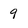
Character: 9